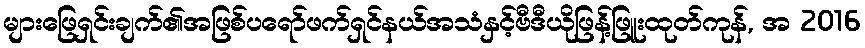
များဖြေရှင်းချက်၏အဖြစ်ပရော်ဖက်ရှင်နယ်အသံနှင့်ဗီဒီယိုဖြန့်ဖြူးထုတ်ကုန်, အ 2016